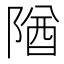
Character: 𨺧